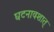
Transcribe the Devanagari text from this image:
घटनावशात्